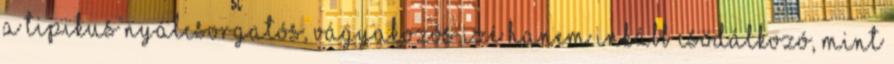
a tipikus nyálcsorgatós, vágyakozós izé hanem inkább csodálkozó, mint